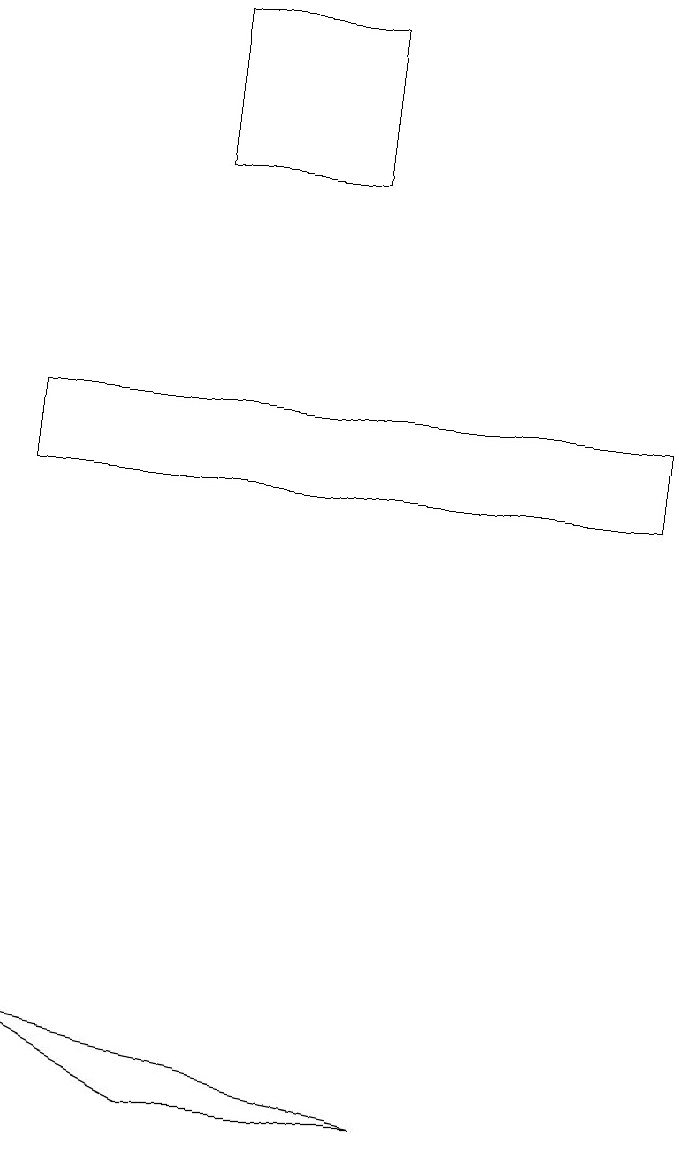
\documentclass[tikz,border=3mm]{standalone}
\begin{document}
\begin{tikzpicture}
\draw (3,17) rectangle (5,15);
\draw (1,12) rectangle (9,11);
\draw (1,4) -- (3,3) -- (6,3) -- cycle;
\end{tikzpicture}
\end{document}